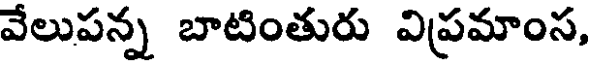
వేలుపన్న బాటింతురు విప్రమాంస,